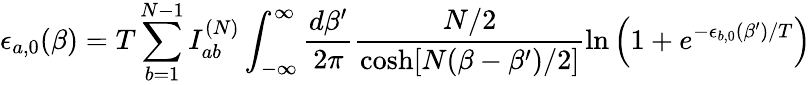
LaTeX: \epsilon_{a,0}(\beta)=T\sum_{b=1}^{N-1}I_{ab}^{(N)}\int_{-\infty}^{\infty}\frac{d\beta^{\prime}}{2\pi}\frac{N/2}{\cosh[N(\beta-\beta^{\prime})/2]}\ln\left(1+e^{-\epsilon_{b,0}(\beta^{\prime})/T}\right)